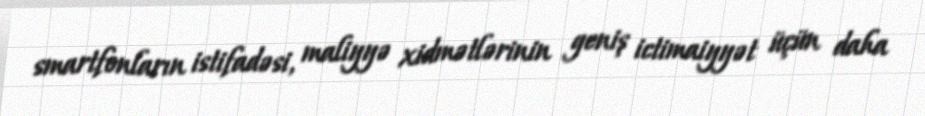
smartfonların istifadəsi, maliyyə xidmətlərinin geniş ictimaiyyət üçün daha